Lunatic asylums Punjab 1868-1880 - 1868-1880
Year: 1868
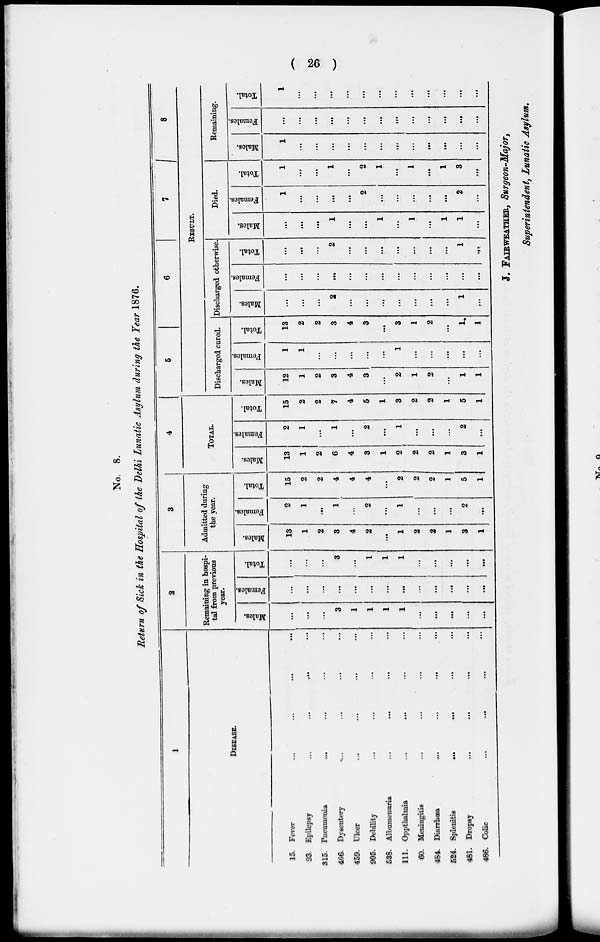
(
26 )
No. 8.
Return of Sick in the Hospital of the Delhi Lunatic Asylum during the Year 1876.
1
DISEASE.
15.
93.
315.
466.
459.
905.
538.
111.
60.
484.
524.
481.
466.
Fever
...
...
...
...
Epilepsy ... ... ... ...
Pneumonia ... ... ... ...
Dysentery ... ... ... ...
Ulcer ... ... ... ...
Debility ... ... ... ...
Albumenuria ... ... ... ...
Oppthalmia ... ... ... ...
Meningitis ... ... ... ...
Diarrhœa. ... ... ... ...
Splenitis
...
...
...
...
Dropsy
...
...
...
...
Colic
...
...
...
...
2
Remaining in hospi-
tal from previous
year.
Males.
...
...
...
3
1
1
1
1
...
...
...
...
...
Females.
...
...
...
...
...
...
...
...
...
...
...
...
...
Total.
...
...
...
3
...
1
1
1
...
...
...
...
...
3
Admitted daring
the year.
Males.
13
1
2
3
4
2
...
1
2
2
1
3
1
Females.
2
1
...
1
...
2
...
1
...
...
...
2
...
Total.
15
2
2
4
4
4
...
2
2
2
1
5
1
4
TOTAL.
Males.
13
1
2
6
4
3
1
2
2
2
1
3
1
Females.
2
1
...
1
...
2
...
1
...
...
...
2
...
Total.
15
2
2
7
4
5
1
3
2
2
1
5
1
5
6
7
8
RESULT.
Discharged cured.
Males.
12
1
2
3
4
3
...
2
1
2
...
1
1
Females.
1
1
...
...
...
...
...
1
...
...
...
...
...
Total.
13
2
2
3
4
3
...
3
1
2
...
1
1
Discharged otherwise.
Males.
...
...
...
2
...
...
...
...
...
...
...
1
...
Females.
...
...
...
...
...
...
...
...
...
...
...
...
...
Total.
...
...
...
2
...
...
...
...
...
...
...
1
...
Died.
Males.
...
...
...
1
...
...
1
...
1
...
1
1
...
Females.
1
...
...
...
...
2
...
...
...
...
...
2
...
Total.
1
...
...
1
...
2
1
...
1
...
1
3
...
Remaining.
Males.
1
...
...
...
...
...
...
...
...
...
...
...
...
Females.
...
...
...
...
...
...
...
...
...
...
...
...
...
Total.
1
...
...
...
...
...
...
...
...
...
...
...
...
J. FAIRWEATHR, Surgeon-Major,
Superintendent, Lunatic Asylum.